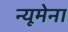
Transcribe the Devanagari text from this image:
न्यूमेना